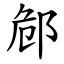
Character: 䣀